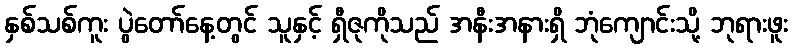
နှစ်သစ်ကူး ပွဲတော်နေ့တွင် သူနှင့် ရှီဇုကိုသည် အနီးအနားရှိ ဘုံကျောင်းသို့ ဘုရားဖူး